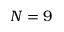
N = 9